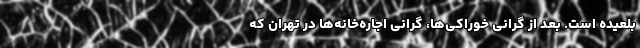
بلعیده است. بعد از گرانی خوراکی‌ها، گرانی اجاره‌خانه‌ها در تهران که